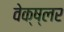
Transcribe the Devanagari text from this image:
वेक्ष्लर